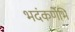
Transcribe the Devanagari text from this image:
भदंकर्णेभि